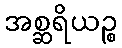
အစ္ဆရိယဉ္စ